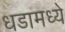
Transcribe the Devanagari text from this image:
धडामध्ये